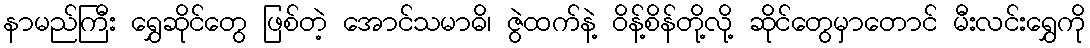
နာမည်ကြီး ရွှေဆိုင်တွေ ဖြစ်တဲ့ အောင်သမာဓိ၊ ဇွဲထက်နဲ့ ဝိန့်စိန်တို့လို့ ဆိုင်တွေမှာတောင် မီးလင်းရွှေကို